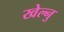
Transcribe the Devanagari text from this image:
खेल्नु